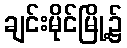
ချင်းမိုင်မြို့၌